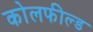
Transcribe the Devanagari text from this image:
काेलफील्ड